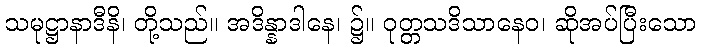
သမုဋ္ဌာနာဒီနိ၊ တို့သည်။ အဒိန္နာဒါနေ၊ ၌။ ဝုတ္တသဒိသာနေဝ၊ ဆိုအပ်ပြီးသော